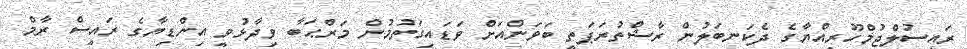
ރައީސުލްޖުމްހޫރިއްޔާގެ ދެކަނބަލުން ރާޝްތުރަޕަތީ ބަވަންއަށް ވަޑައިގަތުމުން މަރްޙަބާ ވިދާޅުވީ އިންޑިޔާގެ ރައީސް ރާމް